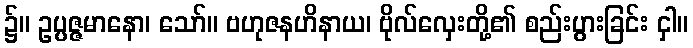
၌။ ဥပ္ပဇ္ဇမာနော၊ သော်။ ဗဟုဇနဟိနာယ၊ ဗိုလ်လှေးတို့၏ စည်းပွားခြင်း ငှါ။